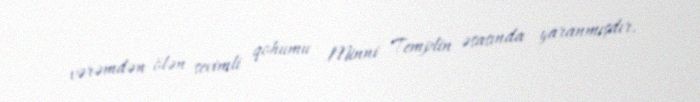
vərəmdən ölən sevimli qohumu Minni Templin əsasında yaranmışdır.